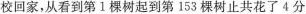
校回家，从看到第1棵树起到第153棵树止共花了4分